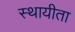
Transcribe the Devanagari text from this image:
स्थायीता